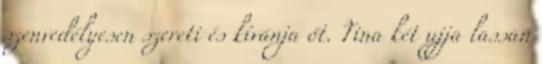
szenvedélyesen szereti és kívánja őt. Tina két ujja lassan